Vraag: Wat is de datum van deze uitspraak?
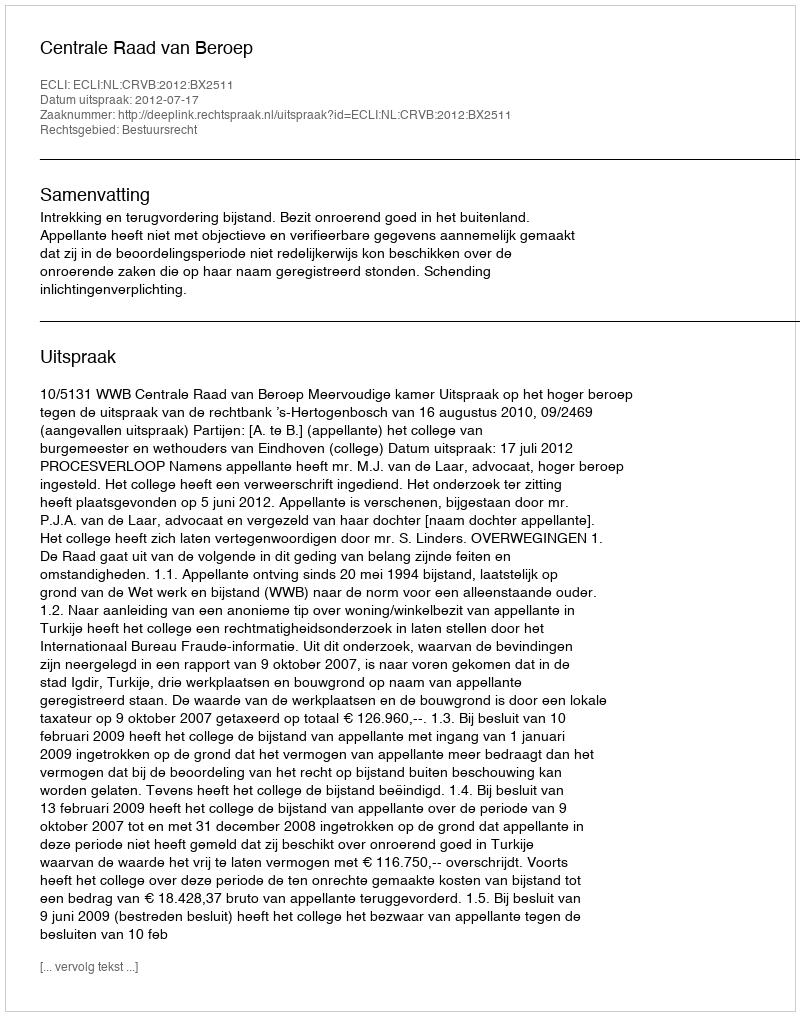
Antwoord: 2012-07-17